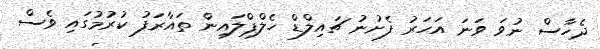
ދެހާސް ނުވަ ވަނަ އަހަރު ފެށުނު ޗައިލްޑް ހެލްޕްލައިން ތައާރަފު ކުރުމުގައި ވެސް